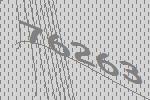
76263